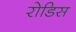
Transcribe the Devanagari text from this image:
रोडिस